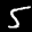
Label: 5